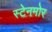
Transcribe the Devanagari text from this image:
स्टेनमोर